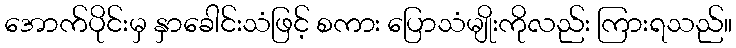
အောက်ပိုင်းမှ နှာခေါင်းသံဖြင့် စကား ပြောသံမျိုးကိုလည်း ကြားရသည်။